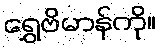
ရွှေဗိမာန်ကို။